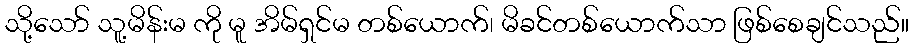
သို့သော် သူ့မိန်းမ ကို မူ အိမ်ရှင်မ တစ်ယောက်၊ မိခင်တစ်ယောက်သာ ဖြစ်စေချင်သည်။